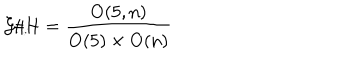
LaTeX: { \cal G } / { \cal H } = \frac { \mathrm { O ( 5 , n ) } } { \mathrm { O ( 5 ) } \times \mathrm { O ( n ) } }